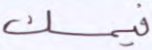
فيمسك